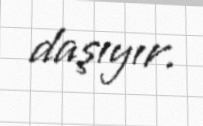
daşıyır.